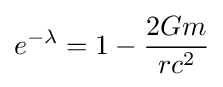
e^{-\lambda }=1-{\frac {2Gm}{rc^{2}}}